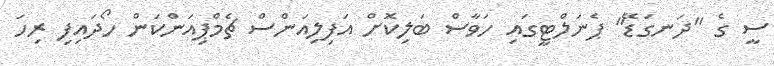
ސީ ގެ "ދަނގަޑޭ" ޕެނަލްޓީގައި ހަވާސް ބަލިކޮށް އަފިލިއަންސް ޗެމްޕިއަންކަން ހޯދައިފި ރިހަ